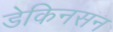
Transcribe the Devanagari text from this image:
डेकिनसन